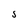
Character: S